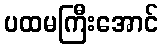
ပထမကြီးအောင်